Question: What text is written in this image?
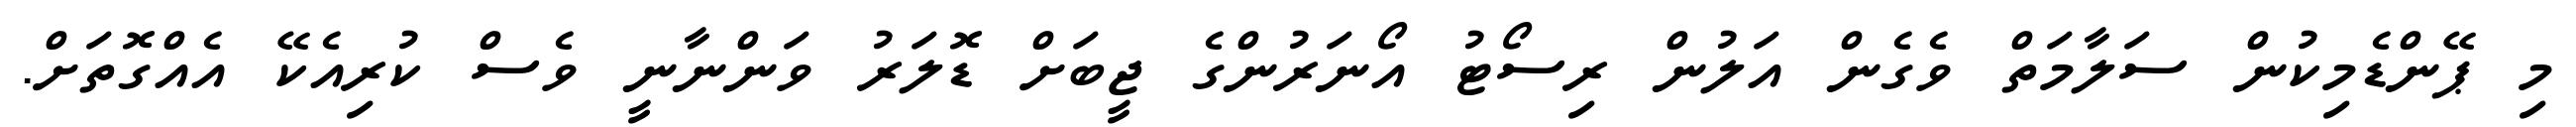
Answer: މި ޕޭންޑެމިކުން ސަލާމަތް ވެގެން އަލުން ރިސޯޓު އޯނަރުންގެ ޖީބަށް ޑޮލަރު ވަންނާނީ ވެސް ކުރިއެކޭ އެއްގޮތަށް.